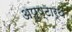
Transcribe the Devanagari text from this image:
अपुष्टार्थ